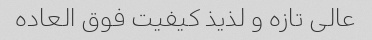
عالی تازه و لذیذ کیفیت فوق العاده